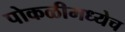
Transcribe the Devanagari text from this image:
पोकळीमध्येच